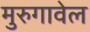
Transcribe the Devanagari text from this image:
मुरुगावेल